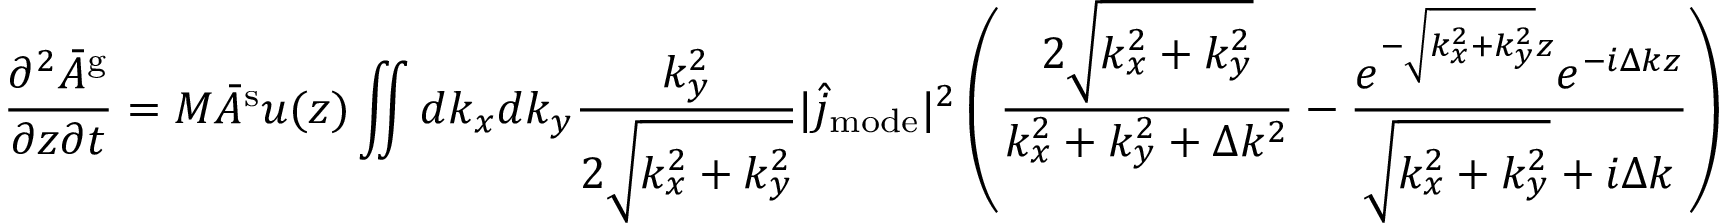
\frac { \partial ^ { 2 } \bar { A } ^ { \mathrm { g } } } { \partial z \partial t } = M \bar { A } ^ { \mathrm { s } } u ( z ) \iint d k _ { x } d k _ { y } \frac { k _ { y } ^ { 2 } } { 2 \sqrt { k _ { x } ^ { 2 } + k _ { y } ^ { 2 } } } | \hat { j } _ { \mathrm { m o d e } } | ^ { 2 } \left( \frac { 2 \sqrt { k _ { x } ^ { 2 } + k _ { y } ^ { 2 } } } { k _ { x } ^ { 2 } + k _ { y } ^ { 2 } + \Delta k ^ { 2 } } - \frac { e ^ { - \sqrt { k _ { x } ^ { 2 } + k _ { y } ^ { 2 } } z } e ^ { - i \Delta k z } } { \sqrt { k _ { x } ^ { 2 } + k _ { y } ^ { 2 } } + i \Delta k } \right)